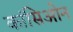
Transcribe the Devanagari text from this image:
कांसिओन